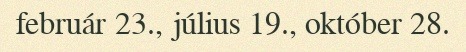
február 23., július 19., október 28.